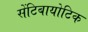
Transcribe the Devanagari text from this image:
सेंटिबायोटिक